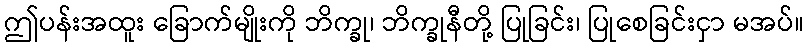
ဤပန်းအထူး ခြောက်မျိုးကို ဘိက္ခု၊ ဘိက္ခုနီတို့ ပြုခြင်း၊ ပြုစေခြင်းငှာ မအပ်။